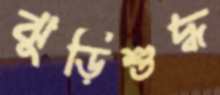
ঝুড়িশুদ্ধ